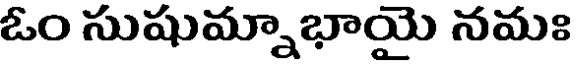
ఓం సుషుమ్నాభాయై నమః